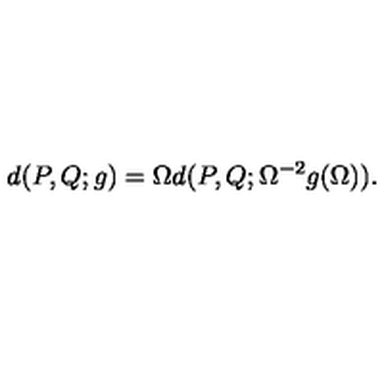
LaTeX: d ( P , Q ; g ) = \Omega d ( P , Q ; \Omega ^ { - 2 } g ( \Omega ) ) .